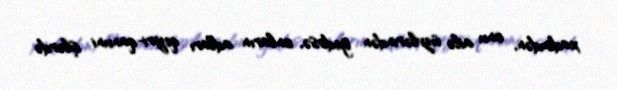
xadimdən, onu ailə üzvlərindən gedirsə, onların adları qeyri-qanuni işlərdə